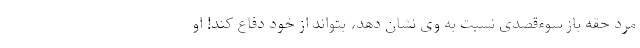
مرد حقه باز سوءقصدی نسبت به وی نشان دهد، بتواند از خود دفاع کند! او